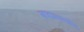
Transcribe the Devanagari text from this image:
मादालापांजि